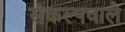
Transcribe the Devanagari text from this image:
संकल्पवाले